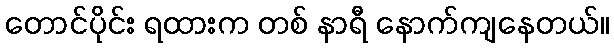
တောင်ပိုင်း ရထားက တစ် နာရီ နောက်ကျနေတယ်။